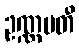
ဥဏ္ဏမတီ